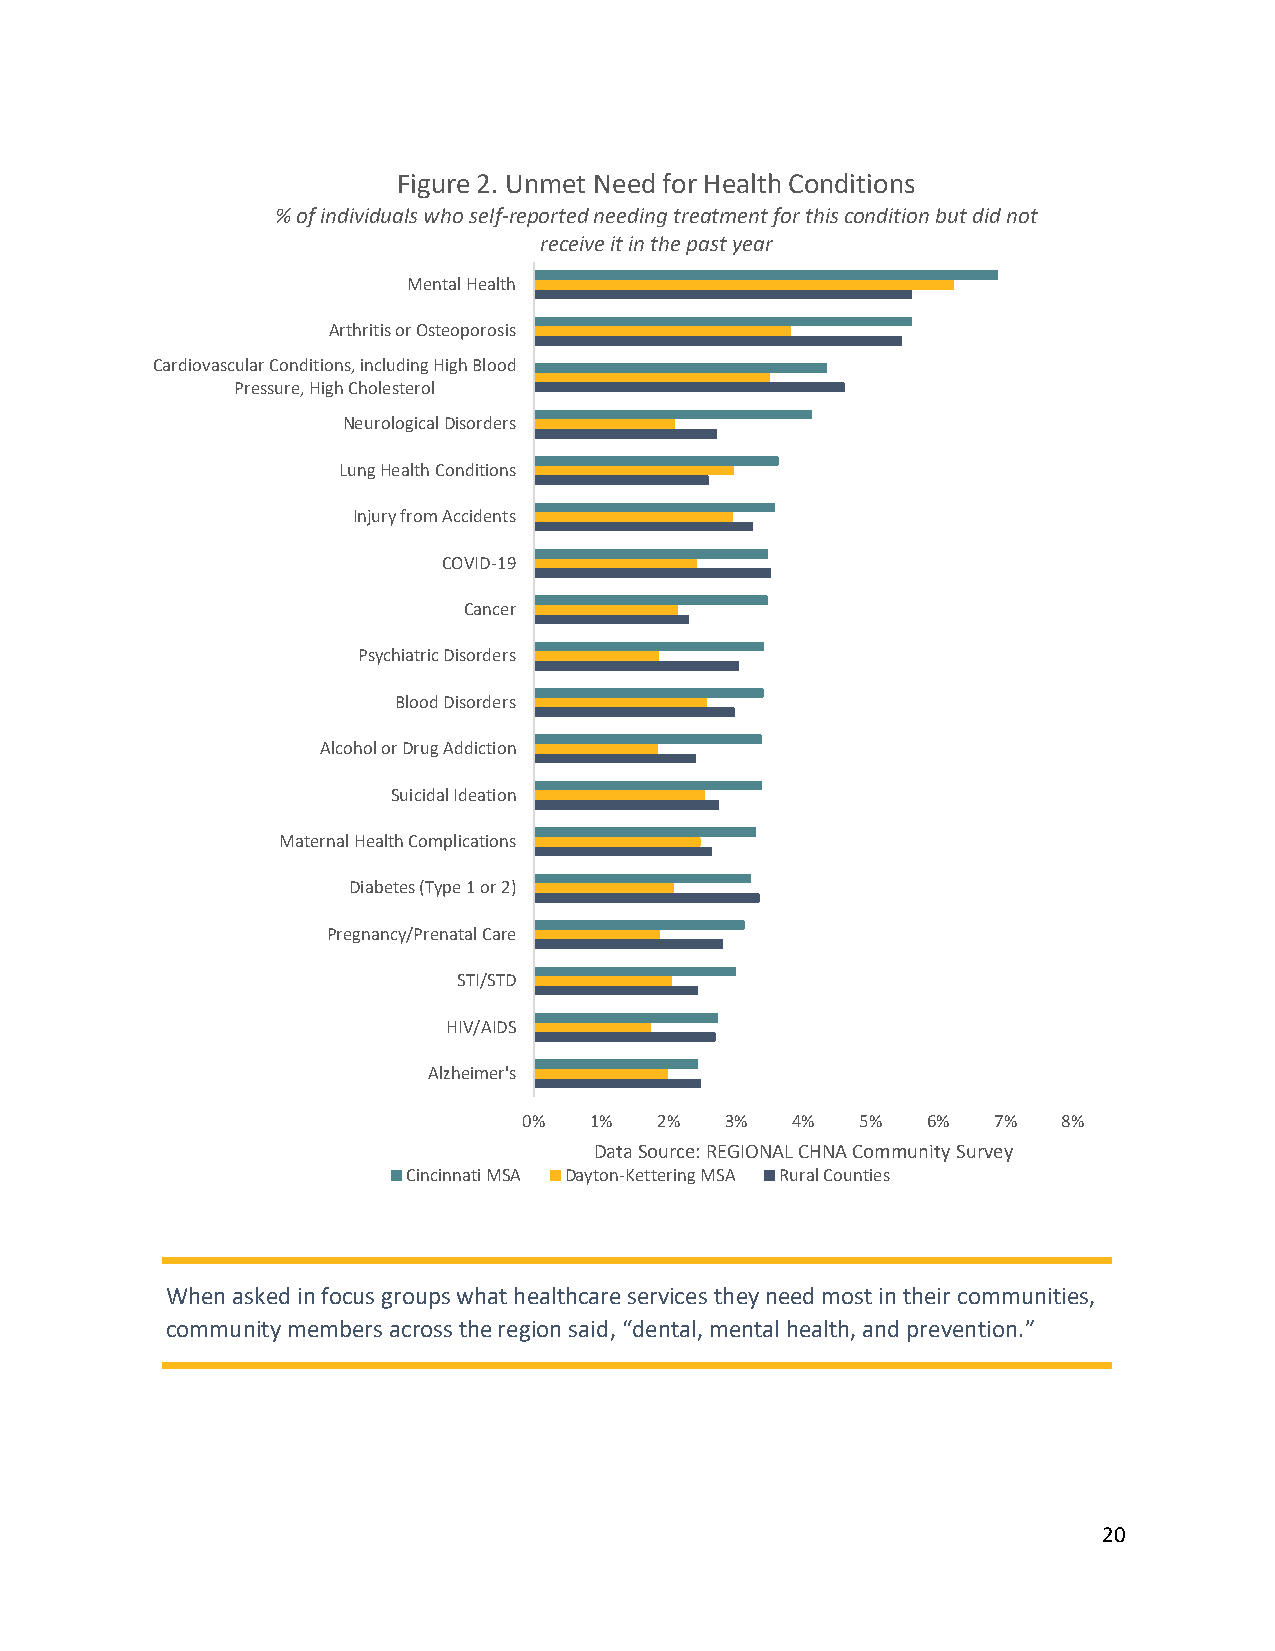
Figure 2. Unmet Need for Health Conditions
 % of individuals who self-reported needing treatment for this condition but did not
 receive it in the past year
 Mental Health
 Arthritis or Osteoporosis
 Cardiovascular Conditions, including High Blood
 Pressure, High Cholesterol
 Neurological Disorders
 Lung Health Conditions
 Injury from Accidents
 COVID-19
 Cancer
 Psychiatric Disorders
 Blood Disorders
 Alcohol or Drug Addiction
 Suicidal Ideation
 Maternal Health Complications
 Diabetes (Type 1 or 2)
 Pregnancy/Prenatal Care
 STI/STD
 HIV/AIDS
 Alzheimer's
 0%  1%   2%  3%  4%   5%  6%   7%  8%
 Data Source: REGIONAL CHNA Community Survey
 Cincinnati MSA Dayton-Kettering MSA Rural Counties
 When asked in focus groups what healthcare services they need most in their communities,
 community members across the region said, “dental, mental health, and prevention.”
 20